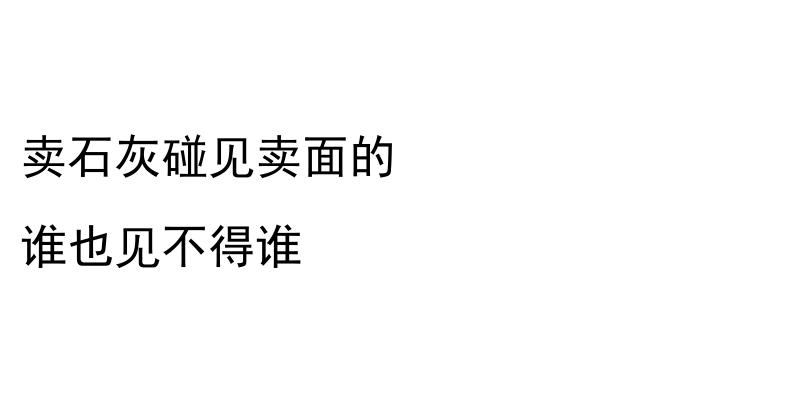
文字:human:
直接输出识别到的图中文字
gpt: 卖石灰碰见卖面的 谁也见不得谁